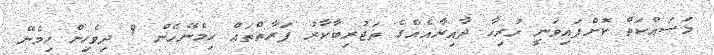
މަސައްކަތް ކޮށްފައިވަނީ ހުރިހާ ދާއިރާއެއްގެ ތަޖުރިބާކާރު ފަރާތްތައް ހިމެނޭހެން 9 ދިވެހިން ހިމެނޭ